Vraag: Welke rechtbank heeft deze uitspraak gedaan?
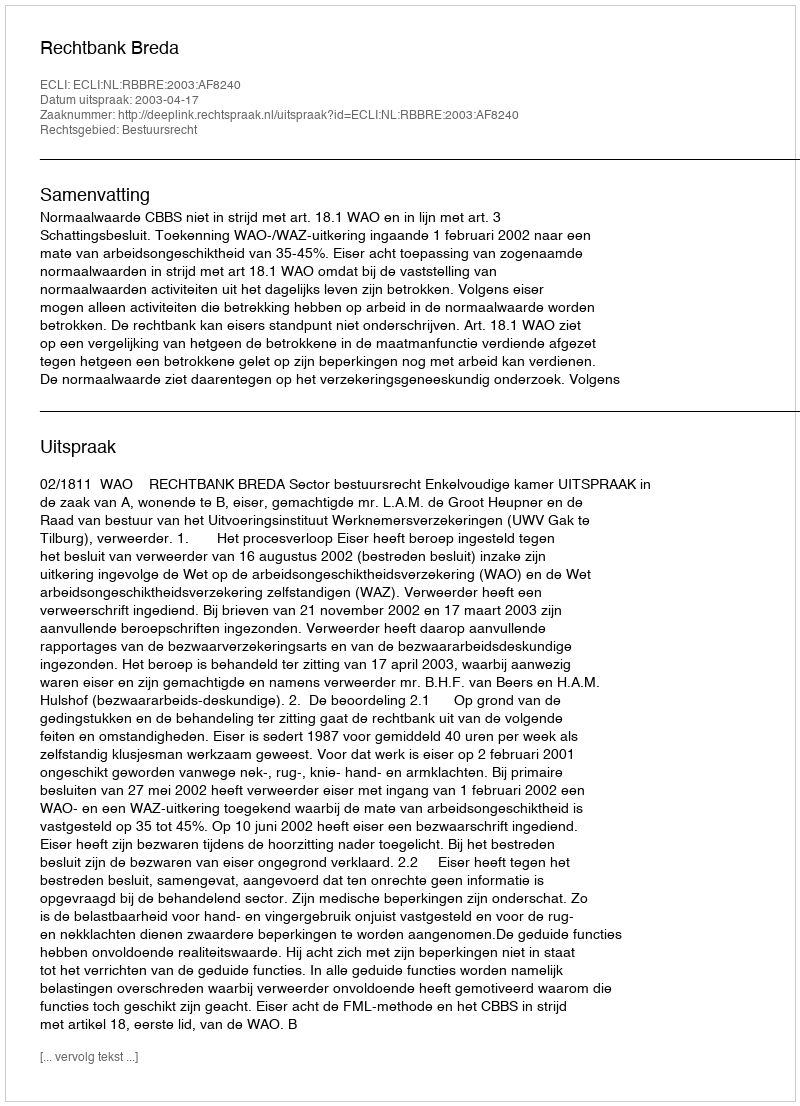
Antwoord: Rechtbank Breda